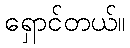
ရှောင်တယ်။